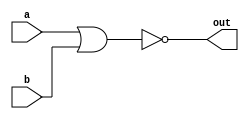
// NOR gate : ORN
// 

// verilog hdl
// verilog hdl ~ >> | 
module top_module( 
    input a, 
    input b, 
    output out );

    assign out = ~(a | b);

endmodule